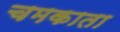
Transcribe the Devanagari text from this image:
चमकाता